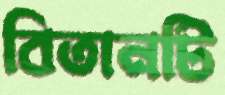
বিতানটি